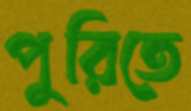
পুরিতে